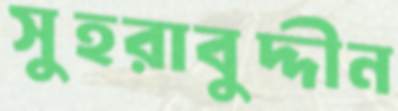
সুহরাবুদ্দীন